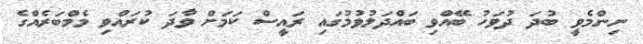
ނިންމެވީ ބުދަ ދުވަހު ބޭއްވި ބައްދަލުވުމުގައި ރައީސް ކަމަށް ވާދަ ކުރައްވި މެމްބަރެއްގެ